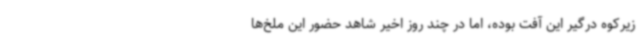
زیرکوه درگیر این آفت بوده، اما در چند روز اخیر شاهد حضور این ملخ‌ها